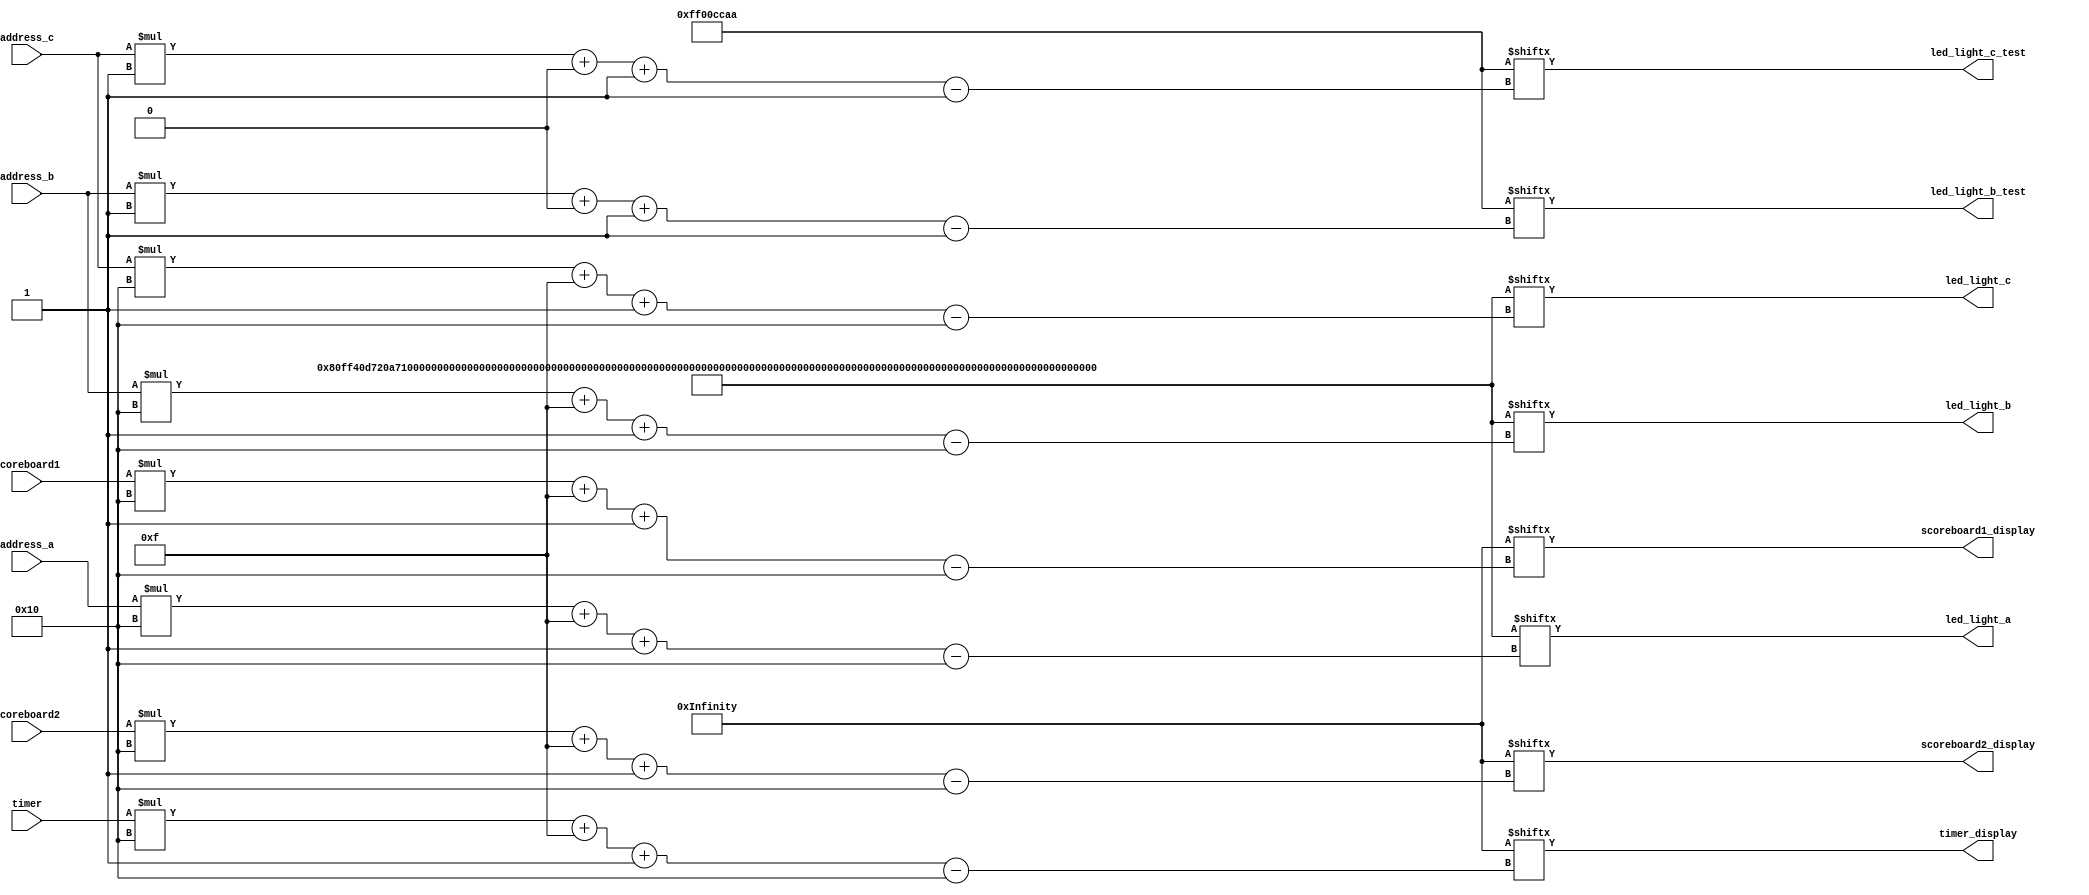
/*
   This file was generated automatically by Alchitry Labs version 1.2.7.
   Do not edit this file directly. Instead edit the original Lucid source.
   This is a temporary file and any changes made to it will be destroyed.
*/

module rom_15 (
    input [7:0] address_a,
    input [7:0] address_b,
    input [7:0] address_c,
    input [7:0] timer,
    input [7:0] scoreboard1,
    input [7:0] scoreboard2,
    output reg [15:0] led_light_a,
    output reg [15:0] led_light_b,
    output reg [15:0] led_light_c,
    output reg [15:0] timer_display,
    output reg [15:0] scoreboard1_display,
    output reg [15:0] scoreboard2_display,
    output reg [0:0] led_light_b_test,
    output reg [0:0] led_light_c_test
  );
  
  
  
  localparam TEST = 32'hff00ccaa;
  
  localparam SYMBOLS = 512'h80ff40d720a710f708e304c102e301ff80ff40db20811000088104c302e701ff80ff40f720e710c3088104f702ff01ff80ff408120fd10fb08f704ef02ef01ff;
  
  localparam NUMBERS = 1280'h80ff40c320bd10bd08c304fd02c301ff80ff40c320bd10bd08c304bd02c301ff80ff408120fd10fb08f704ef02ef01ff80ff40c320bf10bf08c304bd02c301ff80ff40c320bf10bf08c304fd02c301ff80ff40f320eb10db088104fb02fb01ff80ff40c720fd10fd08e304fd02c301ff80ff40c320fd10fd08f704ef02c101ff80ff40fd20fd10fd08fd04fd02fd01ff80ff40e320dd10dd08dd04dd02e301ff;
  
  always @* begin
    led_light_a = SYMBOLS[(address_a)*16+15-:16];
    led_light_b = SYMBOLS[(address_b)*16+15-:16];
    led_light_c = SYMBOLS[(address_c)*16+15-:16];
    timer_display = NUMBERS[(timer)*16+15-:16];
    scoreboard1_display = NUMBERS[(scoreboard1)*16+15-:16];
    scoreboard2_display = NUMBERS[(scoreboard2)*16+15-:16];
    led_light_b_test = TEST[(address_b)*1+0-:1];
    led_light_c_test = TEST[(address_c)*1+0-:1];
  end
endmodule